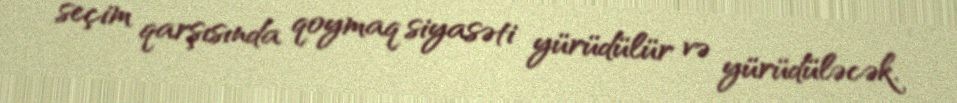
seçim qarşısında qoymaq siyasəti yürüdülür və yürüdüləcək.